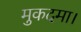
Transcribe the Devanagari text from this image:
मुकदमा।